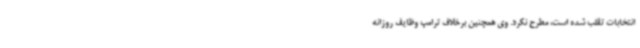
انتخابات تقلب شده است، مطرح نکرد. وی همچنین برخلاف ترامپ وظایف روزانه